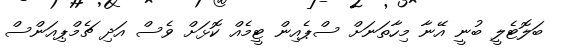
ބަލޮޓެލީ ބުނީ އޭނާ މިހާތަނަށް ސްޕެއިން ޓީމެއް ކޮޅަށް ވެސް އަދި ޗެމްޕިއަންސް